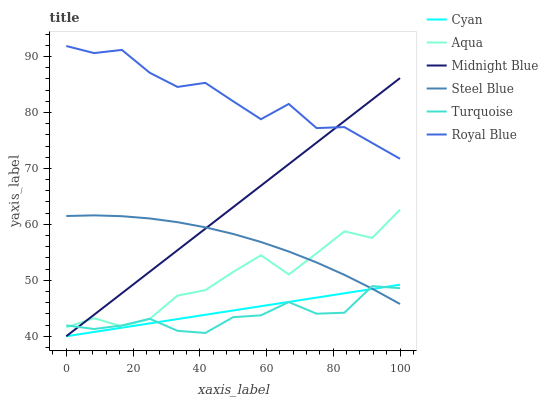
| xaxis_label | Cyan | Aqua | Midnight Blue | Steel Blue | Turquoise | Royal Blue |
 | --- | --- | --- | --- | --- | --- | --- |
 | 0 | 40 | 41.6 | 40 | 61.5 | 41.9 | 91.9 |
 | 8.33 | 40.8 | 43.2 | 43.8 | 61.6 | 41.3 | 90.6 |
 | 16.7 | 41.5 | 41.8 | 47.7 | 61.5 | 41.9 | 91.2 |
 | 25 | 42.3 | 43.1 | 51.5 | 61.1 | 43.1 | 87.1 |
 | 33.3 | 43.1 | 47.3 | 55.4 | 60.4 | 41 | 84.6 |
 | 41.7 | 43.8 | 48.2 | 59.2 | 59.5 | 40.6 | 85.3 |
 | 50 | 44.6 | 51.5 | 63.1 | 58.3 | 43.4 | 82 |
 | 58.3 | 45.4 | 54.5 | 66.9 | 56.8 | 43.7 | 78.8 |
 | 66.7 | 46.1 | 51 | 70.8 | 55.1 | 46.1 | 81.5 |
 | 75 | 46.9 | 54.8 | 74.6 | 53.2 | 44 | 77.2 |
 | 83.3 | 47.7 | 58.8 | 78.4 | 51 | 44.2 | 77.4 |
 | 91.7 | 48.4 | 57.6 | 82.3 | 48.5 | 49 | 74.5 |
 | 100 | 49.2 | 62.6 | 86.1 | 45.8 | 48.6 | 71.7 |